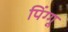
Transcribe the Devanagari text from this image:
पिंग्गू